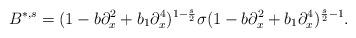
LaTeX: \begin{align*} B^{*,s}=(1-b\partial_{x}^2+b_{1}\partial_{x}^4)^{1-\frac{s}{2}}\sigma(1-b\partial_{x}^2+b_{1}\partial_{x}^4)^{\frac{s}{2}-1}.\end{align*}